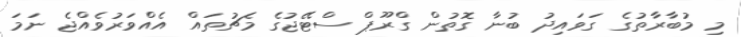
މި މުބާރާތުގެ ގަވައިދު ބުނާ ގޮތުން ގްރޫޕް ސްޓޭޖުގެ މެޗުތައް އެއްވަރުވެއްޖެ ނަމަ